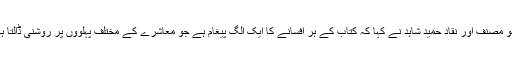
مشہو مصنف اور نقاد حمید شاہد نے کہا کہ کتاب کے ہر افسانے کا ایک الگ پیغام ہے جو معاشرے کے مختلف پہلووٗں پر روشنی ڈالتا ہے ۔